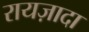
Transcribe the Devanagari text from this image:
रायज़ादा